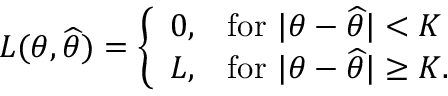
L ( \theta , { \widehat { \theta } } ) = { \left\{ \begin{array} { l l } { 0 , } & { { \mathrm { f o r ~ } } | \theta - { \widehat { \theta } } | < K } \\ { L , } & { { \mathrm { f o r ~ } } | \theta - { \widehat { \theta } } | \geq K . } \end{array} \right. }